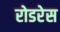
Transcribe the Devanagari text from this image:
रोडरेस